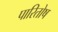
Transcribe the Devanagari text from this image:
पारितोष